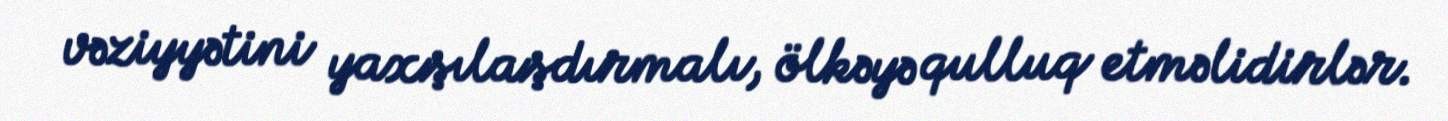
vəziyyətini yaxşılaşdırmalı, ölkəyə qulluq etməlidirlər.